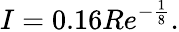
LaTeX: I=0.16Re^{-{\frac{1}{8}}}.